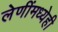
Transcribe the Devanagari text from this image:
लेणींमध्येही